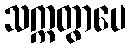
သက္ကတွာပေ